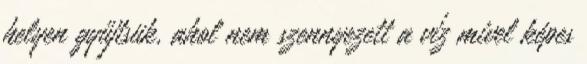
helyen gyűjtsük, ahol nem szennyezett a víz mivel képes